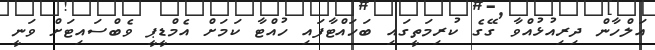
އަލްހާން ދިރިއުޅުއްވާ ގޭގެ ކުރިމަތީގައި ބަހައްޓާފައި ހުއްޓާ ކަމަށް އެމްޑީޕީ ވެބްސައިޓަށް ވަނީ